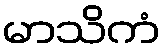
မာသိကံ